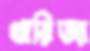
খারিজা